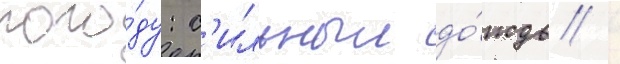
пого́ду: с'ильныи до́ждь /